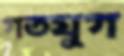
গতযুগ